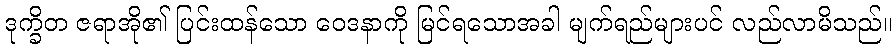
ဒုက္ခိတ ဇရာအို၏ ပြင်းထန်သော ဝေဒနာကို မြင်ရသောအခါ မျက်ရည်များပင် လည်လာမိသည်။